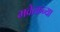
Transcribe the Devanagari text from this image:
भवेत्कन्या